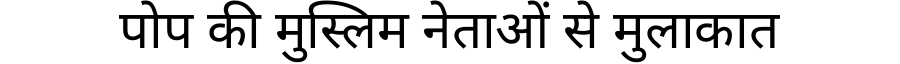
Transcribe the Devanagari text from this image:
पोप की मुस्लिम नेताओं से मुलाकात